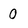
Character: 0